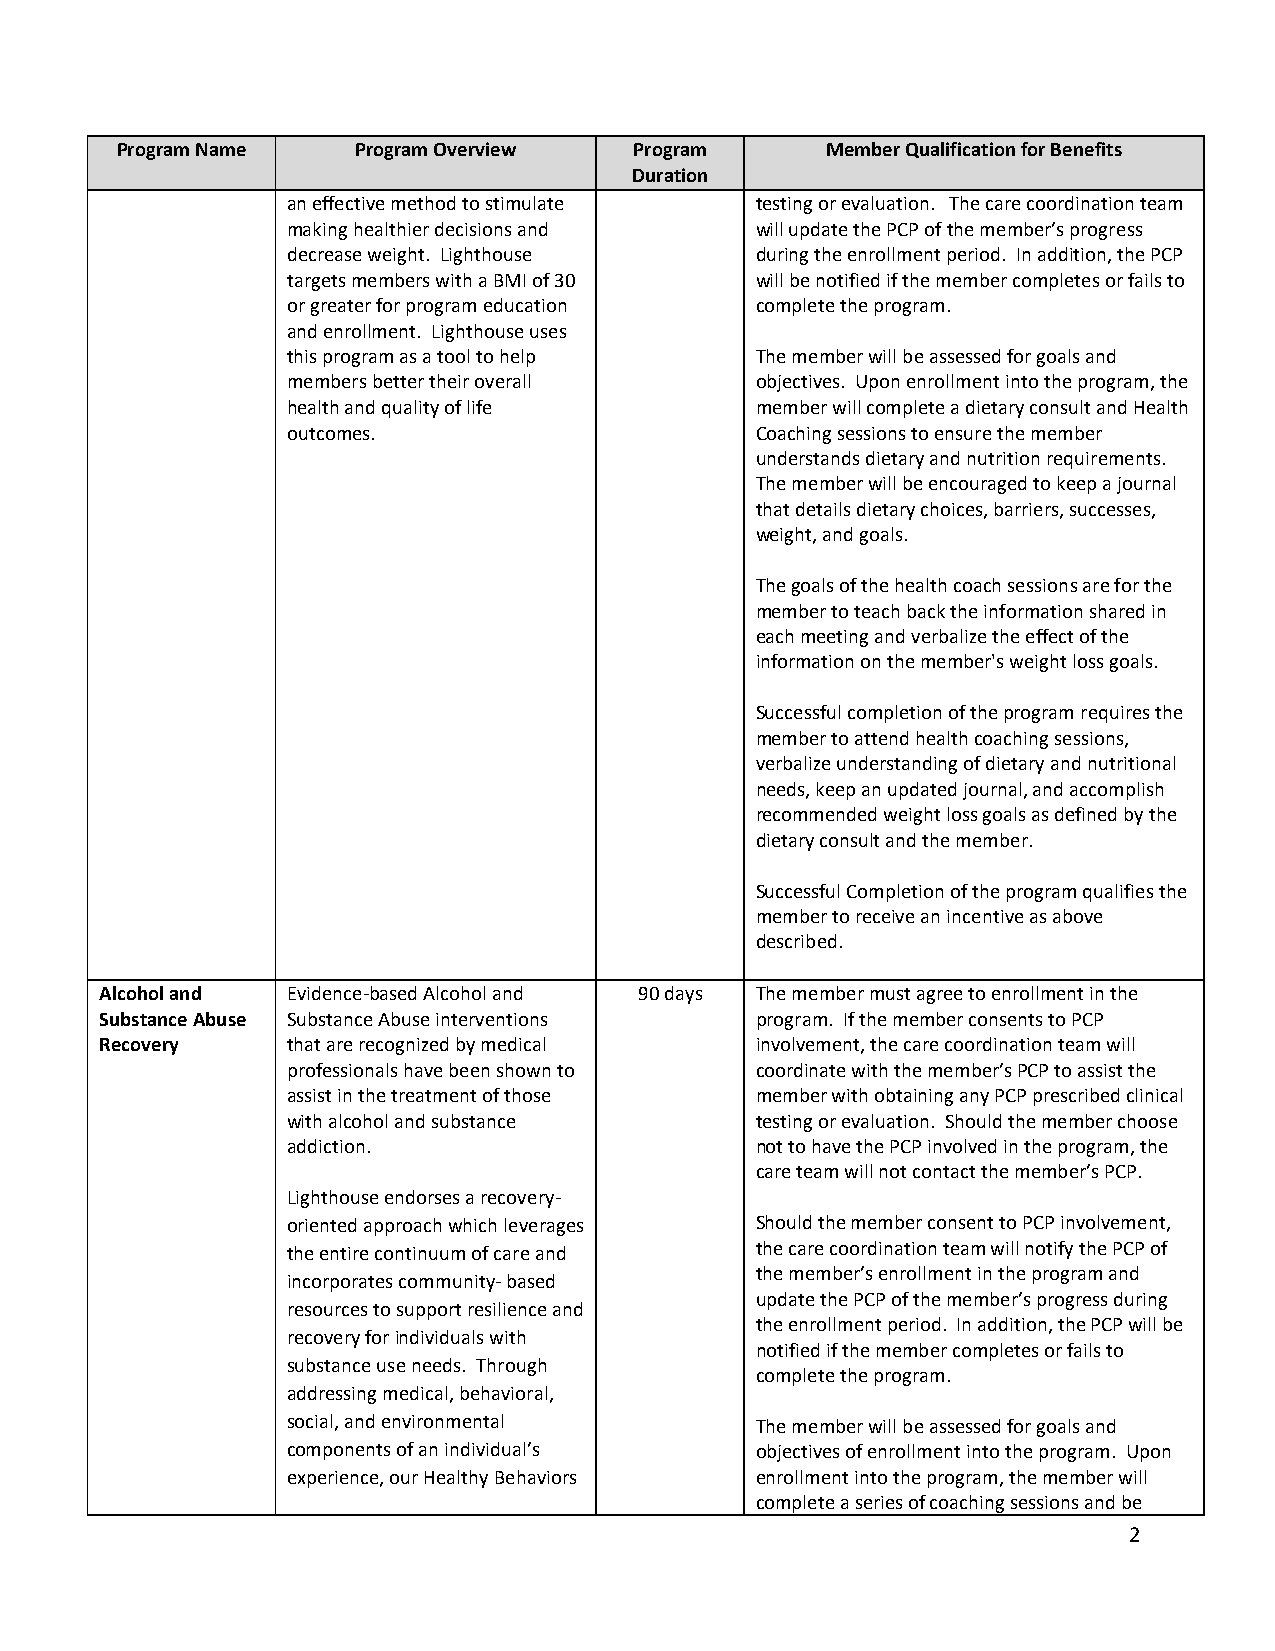
Program Name   Program Overview   Program      Member Qualification for Benefits
 Duration
 an effective method to stimulate testing or evaluation. The care coordination team
 making healthier decisions and will update the PCP of the member’s progress
 decrease weight. Lighthouse    during the enrollment period. In addition, the PCP
 targets members with a BMI of 30 will be notified if the member completes or fails to
 or greater for program education complete the program.
 and enrollment. Lighthouse uses
 this program as a tool to help The member will be assessed for goals and
 members better their overall   objectives. Upon enrollment into the program, the
 health and quality of life     member will complete a dietary consult and Health
 outcomes.                      Coaching sessions to ensure the member
 understands dietary and nutrition requirements.
 The member will be encouraged to keep a journal
 that details dietary choices, barriers, successes,
 weight, and goals.
 The goals of the health coach sessions are for the
 member to teach back the information shared in
 each meeting and verbalize the effect of the
 information on the member's weight loss goals.
 Successful completion of the program requires the
 member to attend health coaching sessions,
 verbalize understanding of dietary and nutritional
 needs, keep an updated journal, and accomplish
 recommended weight loss goals as defined by the
 dietary consult and the member.
 Successful Completion of the program qualifies the
 member to receive an incentive as above
 described.
 Alcohol and Evidence-based Alcohol and 90 days The member must agree to enrollment in the
 Substance Abuse Substance Abuse interventions program. If the member consents to PCP
 Recovery    that are recognized by medical involvement, the care coordination team will
 professionals have been shown to coordinate with the member’s PCP to assist the
 assist in the treatment of those member with obtaining any PCP prescribed clinical
 with alcohol and substance     testing or evaluation. Should the member choose
 addiction.                     not to have the PCP involved in the program, the
 care team will not contact the member’s PCP.
 Lighthouse endorses a recovery-
 oriented approach which leverages Should the member consent to PCP involvement,
 the entire continuum of care and the care coordination team will notify the PCP of
 the member’s enrollment in the program and
 incorporates community- based
 update the PCP of the member’s progress during
 resources to support resilience and
 the enrollment period. In addition, the PCP will be
 recovery for individuals with
 notified if the member completes or fails to
 substance use needs. Through
 complete the program.
 addressing medical, behavioral,
 social, and environmental      The member will be assessed for goals and
 components of an individual’s  objectives of enrollment into the program. Upon
 experience, our Healthy Behaviors enrollment into the program, the member will
 complete a series of coaching sessions and be
 2